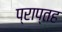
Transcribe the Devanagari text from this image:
प्राप्तह